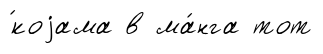
́коjама в ма́нга тот